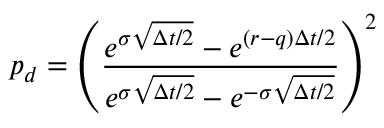
p _ { d } = \left( { \frac { e ^ { \sigma { \sqrt { \Delta t / 2 } } } - e ^ { ( r - q ) \Delta t / 2 } } { e ^ { \sigma { \sqrt { \Delta t / 2 } } } - e ^ { - \sigma { \sqrt { \Delta t / 2 } } } } } \right) ^ { 2 }